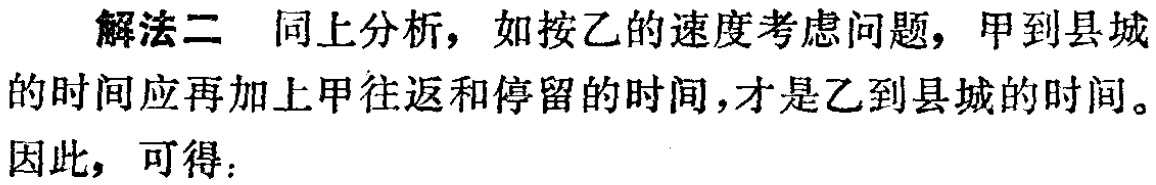
解法二 同上分析，如按乙的速度考虑问题，甲到县城的时间应再加上甲往返和停留的时间，才是乙到县城的时间。

因此，可得：